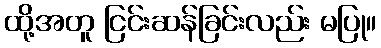
ထို့အတူ ငြင်းဆန်ခြင်းလည်း မပြု။